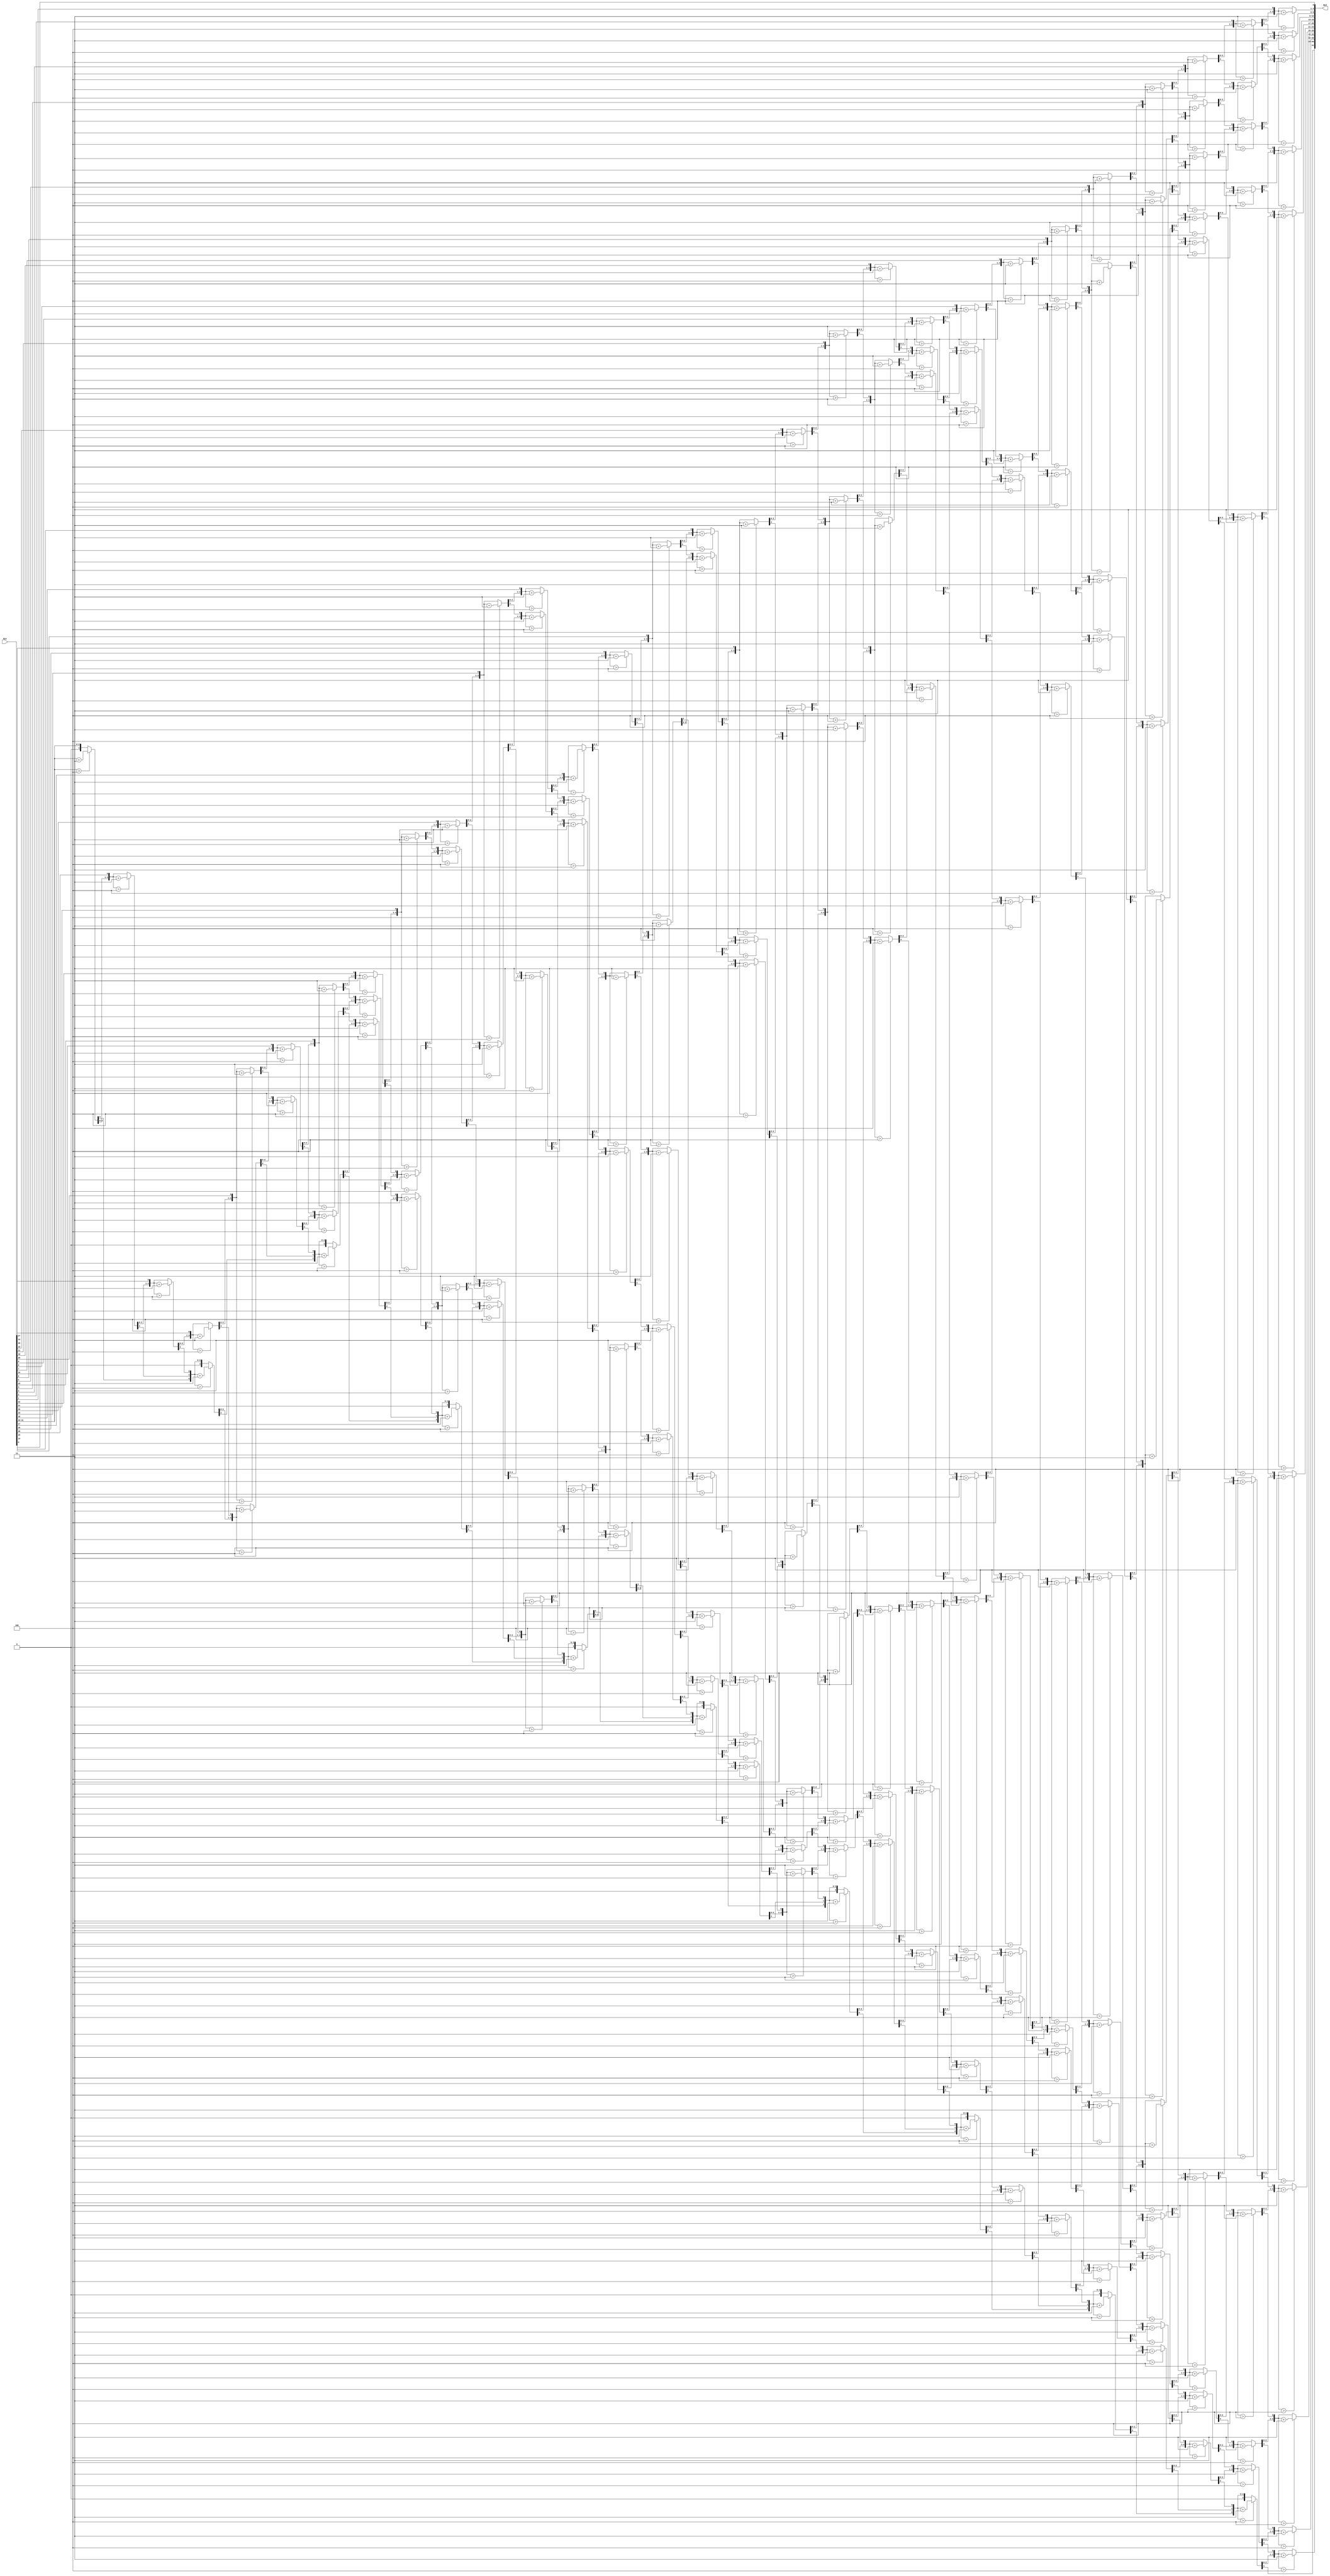
// https://en.wikipedia.org/wiki/Double_dabble
module bin2bcd #( 
  parameter W = 32 // input width
)(
  input  [W-1:0] Bin,  // Binary
  output reg [(W+(W-4)/3):0] Bcd // Bcd {...,thousands,hundreds,tens,ones}
); 

  integer i,j;

  always @(Bin) begin
    for(i = 0; i <= W+(W-4)/3; i = i+1) Bcd[i] = 0;   // initialize with zeros
    Bcd[W-1:0] = Bin;                                   // initialize with input vector
    for(i = 0; i <= W-4; i = i+1)                       // iterate on structure depth
      for(j = 0; j <= i/3; j = j+1)                     // iterate on structure width
        if (Bcd[W-i+4*j -: 4] > 4)                      // if > 4
          Bcd[W-i+4*j -: 4] = Bcd[W-i+4*j -: 4] + 4'd3; // add 3
  end

endmodule